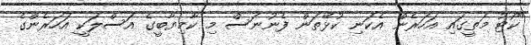
"ކޯޓު މަތީގައި އަހަރެން އެކަނި ކުޅޭތަން ފެނުނަސް މި ކާމިޔާބީގެ އަސްލަކީ އަހަރެންގެ